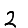
Digit: 2